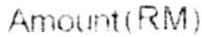
AMOUNT(RM)